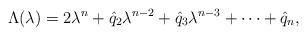
LaTeX: \begin{align*}\Lambda (\lambda )=2\lambda^n+\hat{q}_2\lambda^{n-2}+\hat{q}_3\lambda^{n-3}+\cdots +\hat{q}_n,\end{align*}